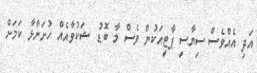
އަދި އެއްވެސް ސިޔާސީ ޕާޓީއަކުން ވެސް މާ ބޮޑު ޝަކުވާއެއް ހުށަނާޅާ ކަމަށް